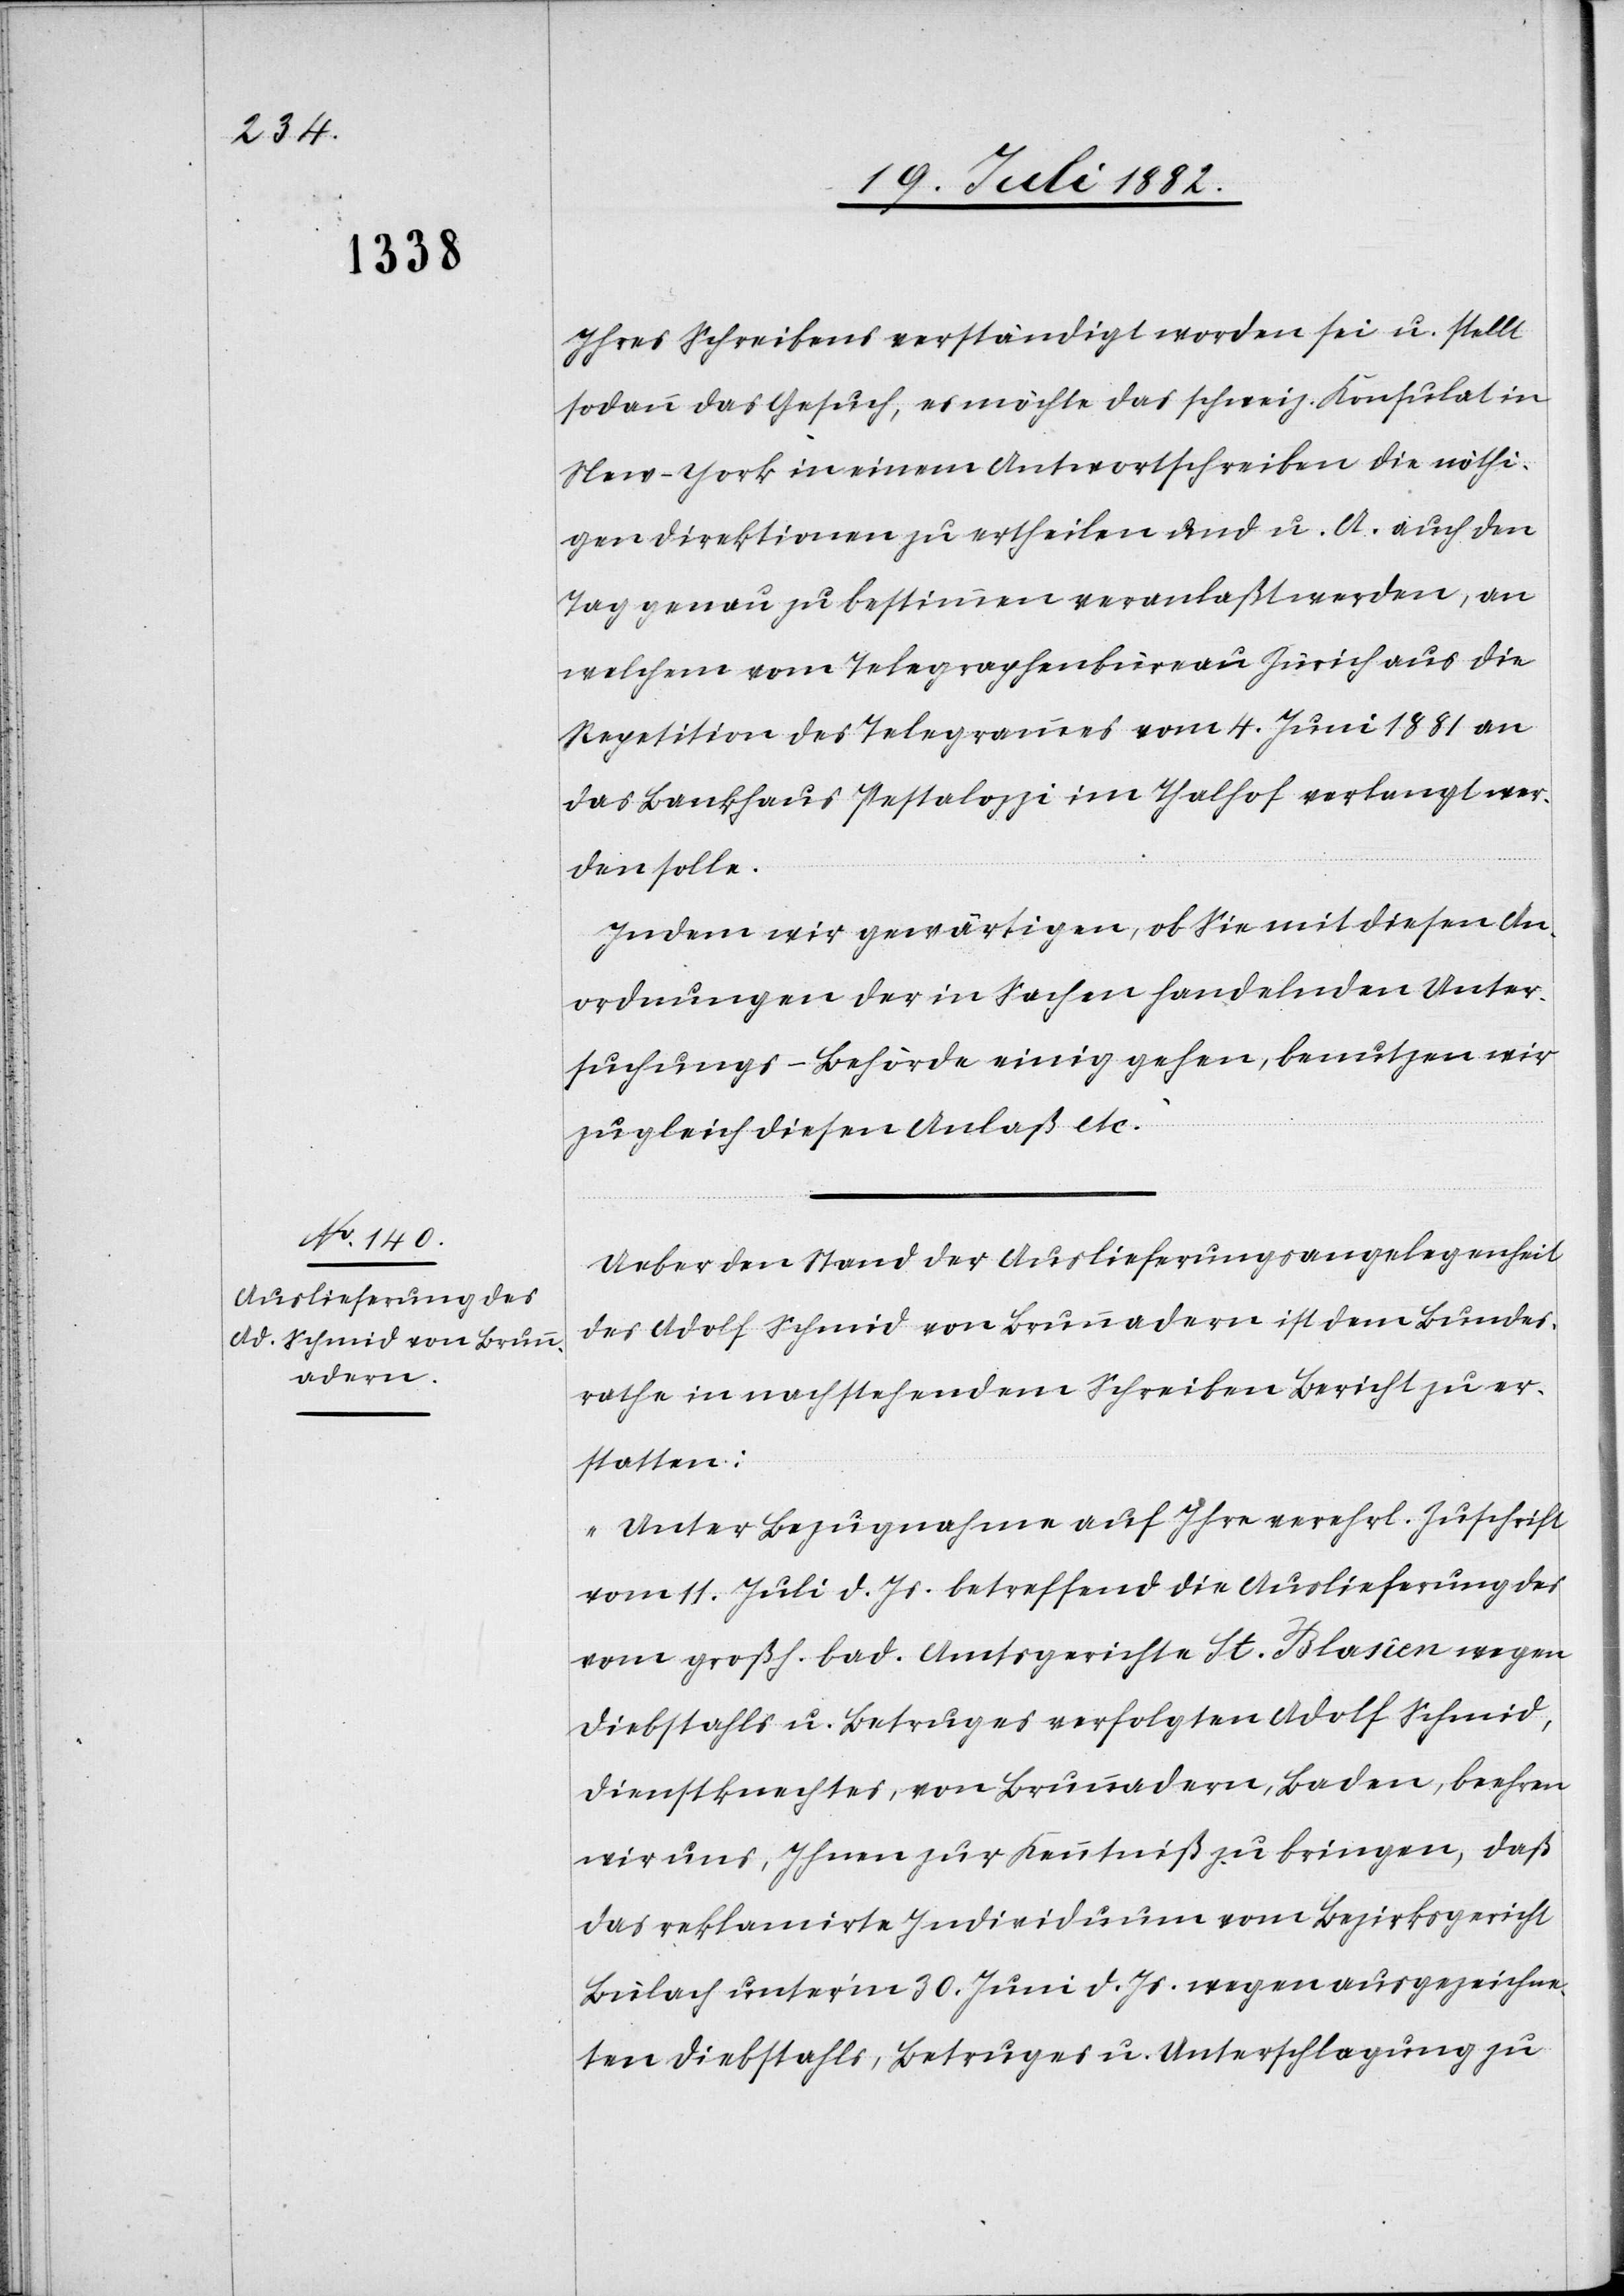
Ihres Schreibens verständigt worden sei u. stellt
sodann das Gesuch, es möchte das schweiz. Konsulat in
New-York in einem Antwortschreiben die nöthi¬
gen Direktionen zu ertheilen und u. A. auch den
Tag genau zu bestimmen veranlaßt werden, an
welchem vom Telegraphenbüreau Zürich aus die
Repetition des Telegrammes vom 4. Juni 1881 an
das Bankhaus Pestalozzi im Thalhof verlangt wer¬
den solle.
Indem wir gewärtigen, ob Sie mit diesen An¬
ordnungen der in Sachen handelnden Unter¬
suchungs-Behörde einig gehen, benutzen wir
zugleich diesen Anlaß etc.“
Ueber den Stand der Auslieferungsangelegenheit
des Adolf Schmid von Brunnadern ist dem Bundes¬
rathe in nachstehendem Schreiben Bericht zu er¬
statten:
„Unter Bezugnahme auf Ihre verehrl. Zuschrift
vom 11. Juli d. Js. betreffend die Auslieferung des
vom großh. bad. Amtsgerichte St. Blasien wegen
Diebstahls u. Betruges verfolgten Adolf Schmid,
Dienstknechtes, von Brunnadern, Baden, beehren
wir uns, Ihnen zur Kenntniß zu bringen, daß
das reklamirte Individuum vom Bezirksgericht
Bülach unter’m 30. Juni d. Js. wegen ausgezeichne¬
ten Diebstahls, Betruges u. Unterschlagung zu